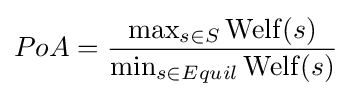
PoA={\frac {\max _{s\in S}\operatorname {Welf} (s)}{\min _{s\in Equil}\operatorname {Welf} (s)}}